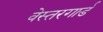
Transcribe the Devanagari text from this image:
वेस्तरगार्ड